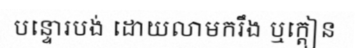
បន្ទោរបង់ ដោយលាមករឹង ឬក្តៀន